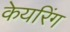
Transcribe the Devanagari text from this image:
केयरिंग